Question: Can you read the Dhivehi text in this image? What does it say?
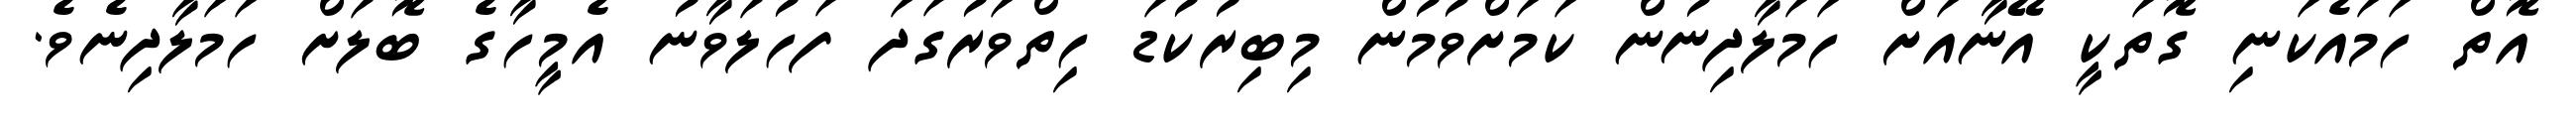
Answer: އޮތް ހަމައެކަނި ގޮތަކީ އޭނާއަށް ހަމަލާދިނުން ކަމަށްވުމުން މިބިރުކުޑަ ހިތްވަރުގަދަ ފަހުލަވާނު އެމީހާގެ ބޮލަށް ހަމަލާދިނެވެ.